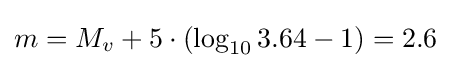
m=M_{v}+5\cdot (\log _{10}3.64-1)=2.6